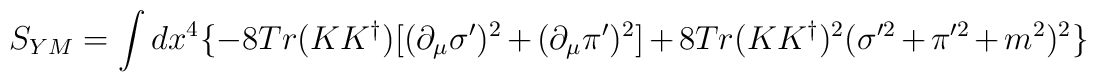
S_{YM} = \int dx^4 \{-8 Tr(K K^{\dag}) [ ( \partial _ {\mu} \sigma ^\prime )^2+ ( \partial _ {\mu} \pi ^\prime)^2 ] + 8 Tr(K K^{\dag})^2 (\sigma ^{\prime 2}+ \pi ^{\prime 2 }+ m^2 )^2\}